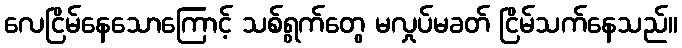
လေငြိမ်နေသောကြောင့် သစ်ရွက်တွေ မလှုပ်မခတ် ငြိမ်သက်နေသည်။